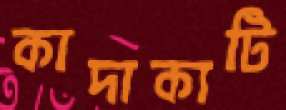
কাদাকাটি